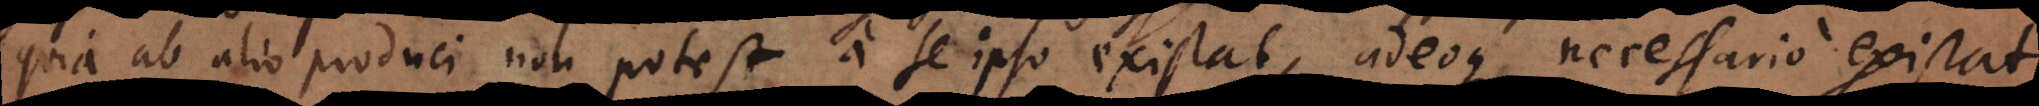
quia ab alio produci non potest, a se ipso existat, adeoque necessario existat;